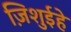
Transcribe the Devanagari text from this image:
ज़िशुईहे